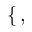
\begin{array} { r } { \mathopen { } \mathclose \bgroup \left\{ \begin{array} { r l } \end{array} \aftergroup \egroup \right. , } \end{array}